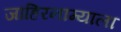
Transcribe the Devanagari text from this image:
जाहिरनाम्याला